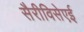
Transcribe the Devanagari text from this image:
सैरीविसेएई